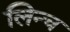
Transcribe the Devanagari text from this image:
लिन्च